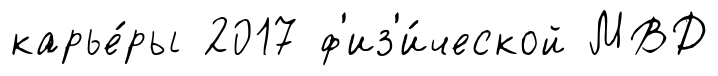
карье́ры 2017 ф'из'и́ческой МВД